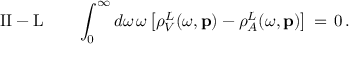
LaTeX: \mathrm { I I - L } \, \, \, \, \, \, \, \, \, \, \, \, \int _ { 0 } ^ { \infty } d \omega \, \omega \left[ \rho _ { V } ^ { L } ( \omega , { \bf p } ) - \rho _ { A } ^ { L } ( \omega , { \bf p } ) \right] \, = \, 0 \, .